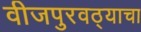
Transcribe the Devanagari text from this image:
वीजपुरवठ्याचा